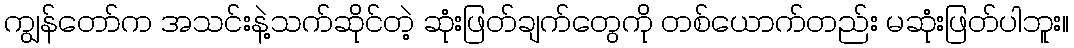
ကျွန်တော်က အသင်းနဲ့သက်ဆိုင်တဲ့ ဆုံးဖြတ်ချက်တွေကို တစ်ယောက်တည်း မဆုံးဖြတ်ပါဘူး။